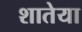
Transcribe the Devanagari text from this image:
शातेया